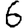
Digit: 6